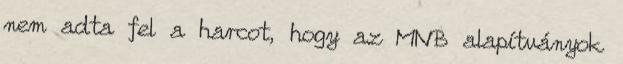
nem adta fel a harcot, hogy az MNB alapítványok